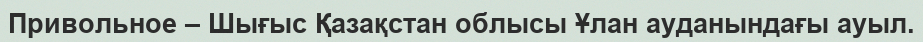
Привольное – Шығыс Қазақстан облысы Ұлан ауданындағы ауыл.